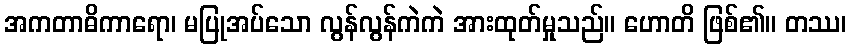
အကတာဓိကာရော၊ မပြုအပ်သော လွန်လွန်ကဲကဲ အားထုတ်မှုသည်။ ဟောတိ ဖြစ်၏။ တဿ၊